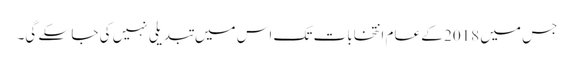
جس میں 2018 کے عام انتخابات تک اس میں تبدیلی نہیں کی جا سکے گی۔